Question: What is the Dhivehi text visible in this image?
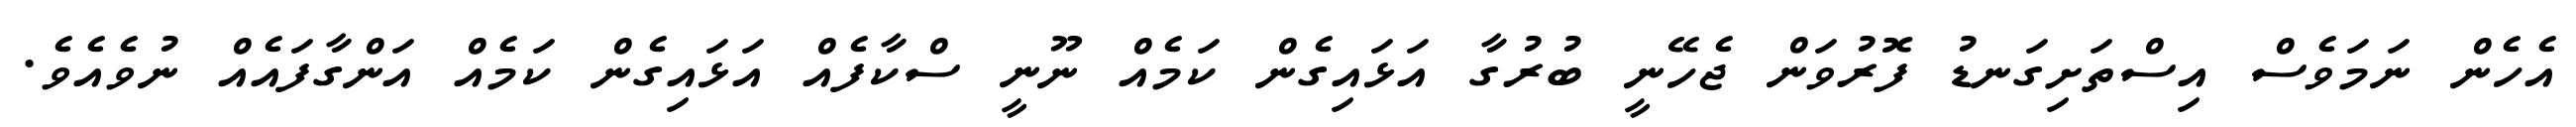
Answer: އެހެން ނަމަވެސް އިސްތަށިގަނޑު ފޮރުވަން ޖެހޭނީ ބުރުގާ އަޅައިގެން ކަމެއް ނޫނީ ސްކާފެއް އަޅައިގެން ކަމެއް އަންގާފައެއް ނުވެއެވެ.